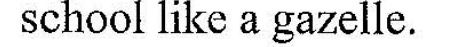
school like a gazelle.